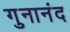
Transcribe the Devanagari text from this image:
गुनानंद